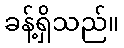
ခန့်ရှိသည်။